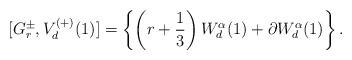
LaTeX: \begin{align*}[G^\pm_r,V^{(+)}_d(1)]=\left\{\left(r+{1\over3}\right)W^\alpha_d(1)+\partial W^\alpha_d(1)\right\}.\end{align*}